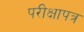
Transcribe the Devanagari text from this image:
परीक्षापत्र